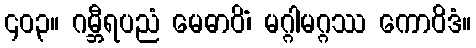
၄၀၃။ ဂမ္ဘီရပညံ မေဓာဝိံ၊ မဂ္ဂါမဂ္ဂဿ ကောဝိဒံ။